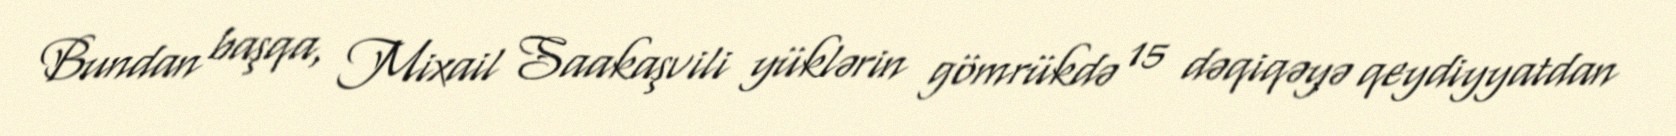
Bundan başqa, Mixail Saakaşvili yüklərin gömrükdə 15 dəqiqəyə qeydiyyatdan